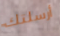
أرسلتك